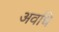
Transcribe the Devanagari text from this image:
अवधि